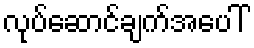
လုပ်ဆောင်ချက်အပေါ်